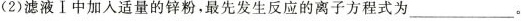
(2)滤液Ⅰ中加入适量的锌粉，最先发生反应的离子方程式为___。